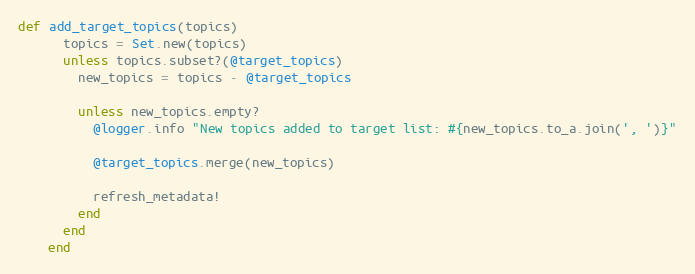
Language: Ruby
def add_target_topics(topics)
      topics = Set.new(topics)
      unless topics.subset?(@target_topics)
        new_topics = topics - @target_topics

        unless new_topics.empty?
          @logger.info "New topics added to target list: #{new_topics.to_a.join(', ')}"

          @target_topics.merge(new_topics)

          refresh_metadata!
        end
      end
    end